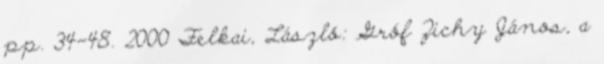
pp. 34-48. 2000 Felkai, László: Gróf Zichy János, a